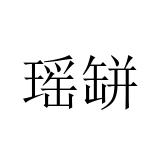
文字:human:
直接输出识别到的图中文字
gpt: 瑶缾